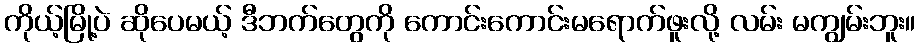
ကိုယ့်မြို့ပဲ ဆိုပေမယ့် ဒီဘက်တွေကို ကောင်းကောင်းမရောက်ဖူးလို့ လမ်း မကျွမ်းဘူး။